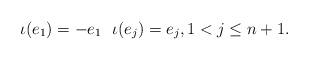
LaTeX: \begin{align*} \iota(e_1) = -e_1 \ \ \iota(e_j) = e_j, 1 < j \leq n+1.\end{align*}